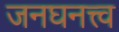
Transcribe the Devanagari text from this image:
जनघनत्त्व